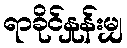
ရာခိုင်နှုန်းမျှ